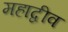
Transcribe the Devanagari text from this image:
महाद्वीव